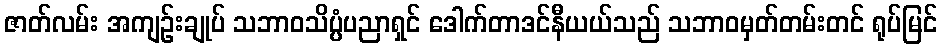
ဇာတ်လမ်း အကျဉ်းချုပ် သဘာဝသိပ္ပံပညာရှင် ဒေါက်တာဒင်နီယယ်သည် သဘာဝမှတ်တမ်းတင် ရုပ်မြင်